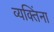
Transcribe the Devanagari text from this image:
व्यक्‍तिंना